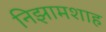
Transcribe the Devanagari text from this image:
निझामशाह